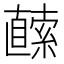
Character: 𭅬